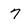
Character: 7